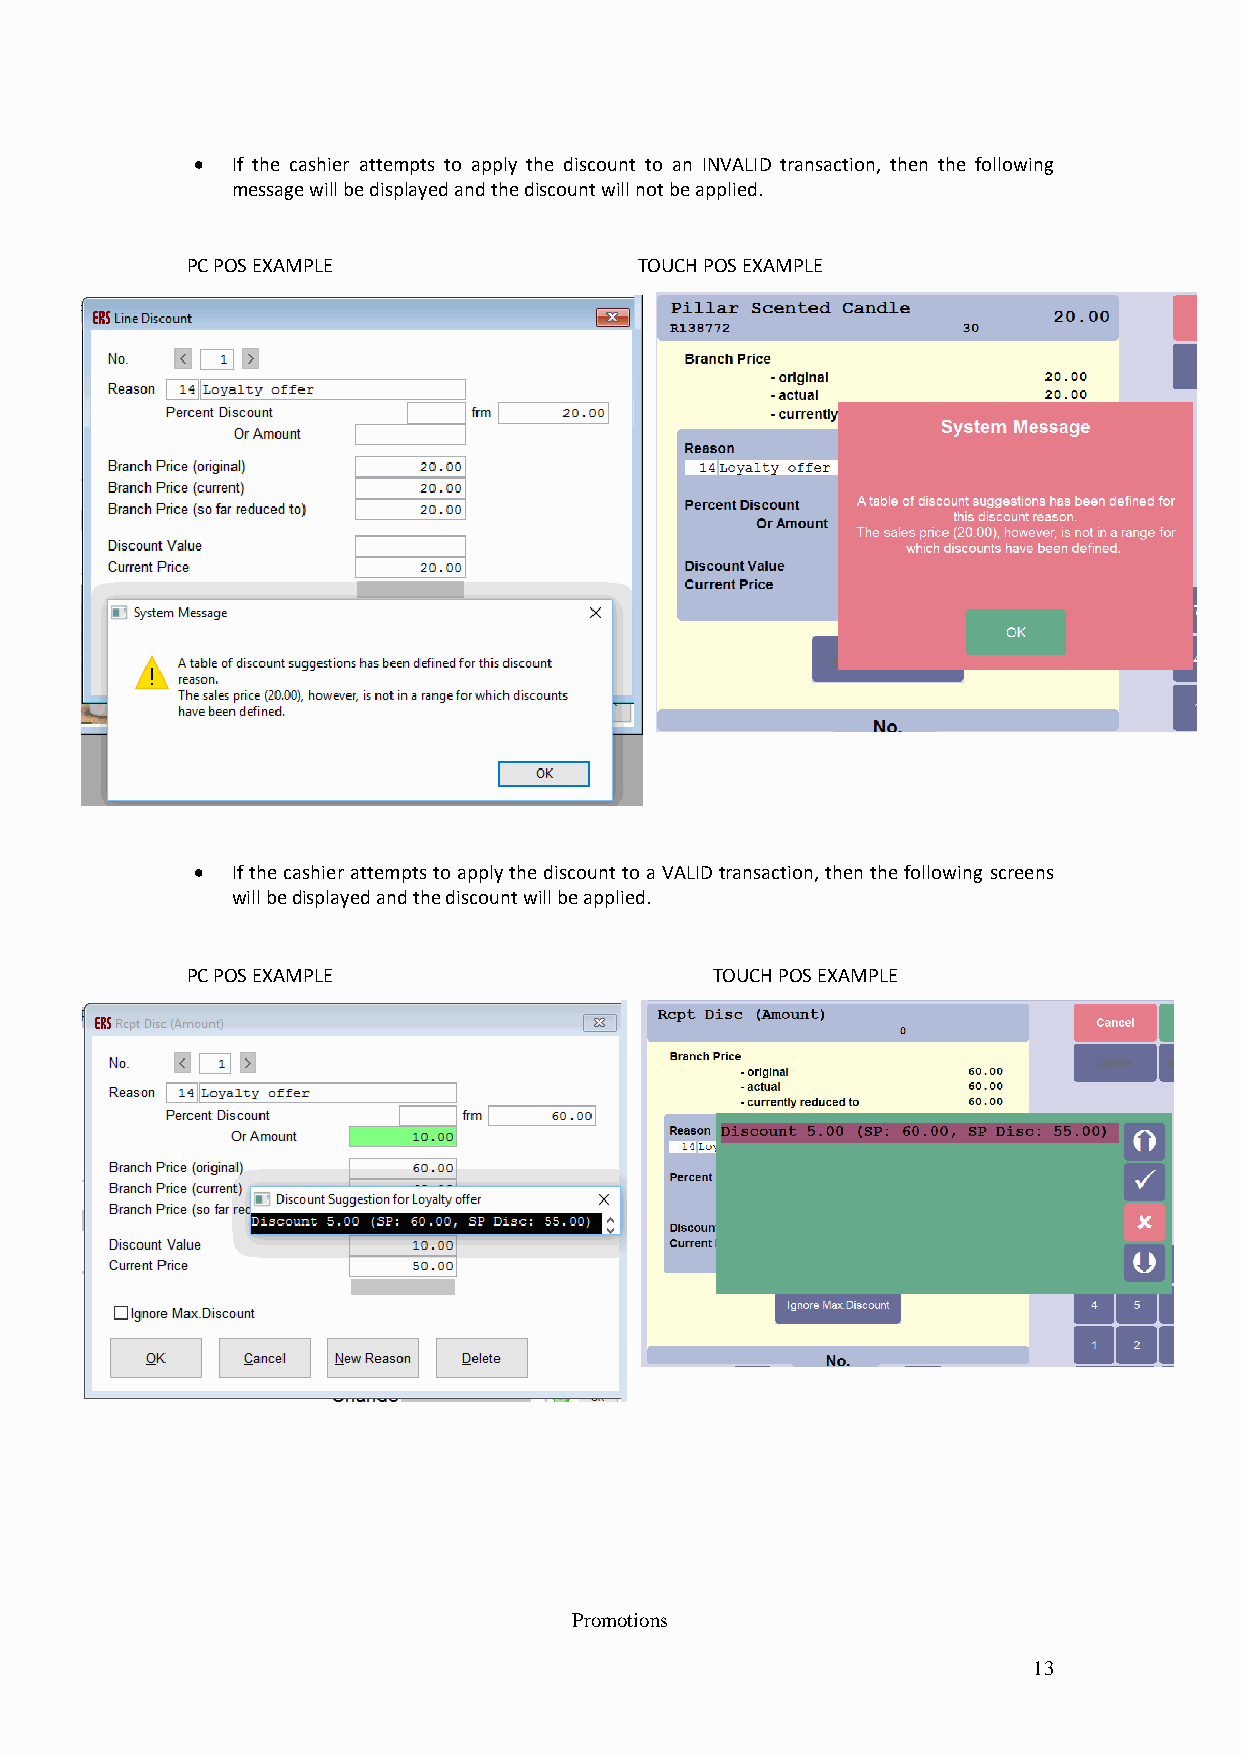
 If the cashier attempts to apply the discount to an INVALID transaction, then the following
 message will be displayed and the discount will not be applied.
 PC POS EXAMPLE                TOUCH POS EXAMPLE
  If the cashier attempts to apply the discount to a VALID transaction, then the following screens
 will be displayed and the discount will be applied.
 PC POS EXAMPLE                     TOUCH POS EXAMPLE
 Promotions
 13